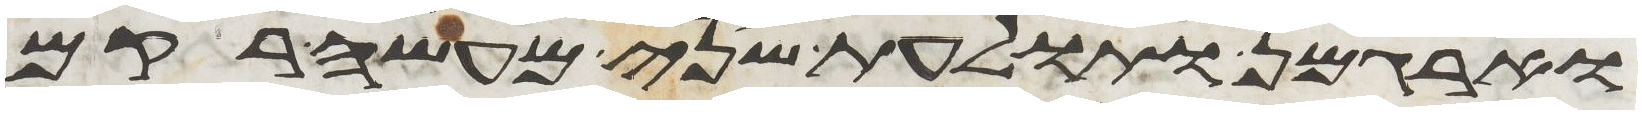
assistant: וארגמן ותולעת שני מעשה רקם